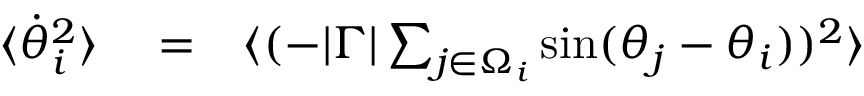
\begin{array} { r l r } { \langle \dot { \theta } _ { i } ^ { 2 } \rangle } & { { } = } & { \langle ( - | \Gamma | \sum _ { j \in \Omega _ { i } } \sin ( \theta _ { j } - \theta _ { i } ) ) ^ { 2 } \rangle } \end{array}